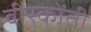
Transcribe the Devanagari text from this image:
वीस्कोंती